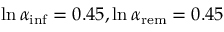
\ln { \alpha _ { \mathrm { i n f } } } = 0 . 4 5 , \ln { \alpha _ { \mathrm { r e m } } } = 0 . 4 5